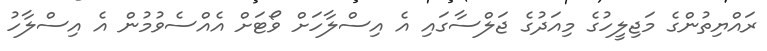
ރައްޔިތުންގެ މަޖިލީހުގެ މިއަދުގެ ޖަލްސާގައި އެ އިސްލާހަށް ވޯޓަށް އެއްސެވުމުން އެ އިސްލާހު